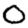
Digit: 0